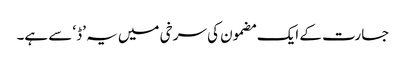
جسارت کے ایک مضمون کی سرخی میں یہ ’ڈ‘ سے ہے۔